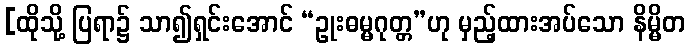
[ထိုသို့ ပြရာ၌ သာ၍ရှင်းအောင် “ဥုးဓမ္မဂုတ္တ”ဟု မှည့်ထားအပ်သော နိမ္မိတ